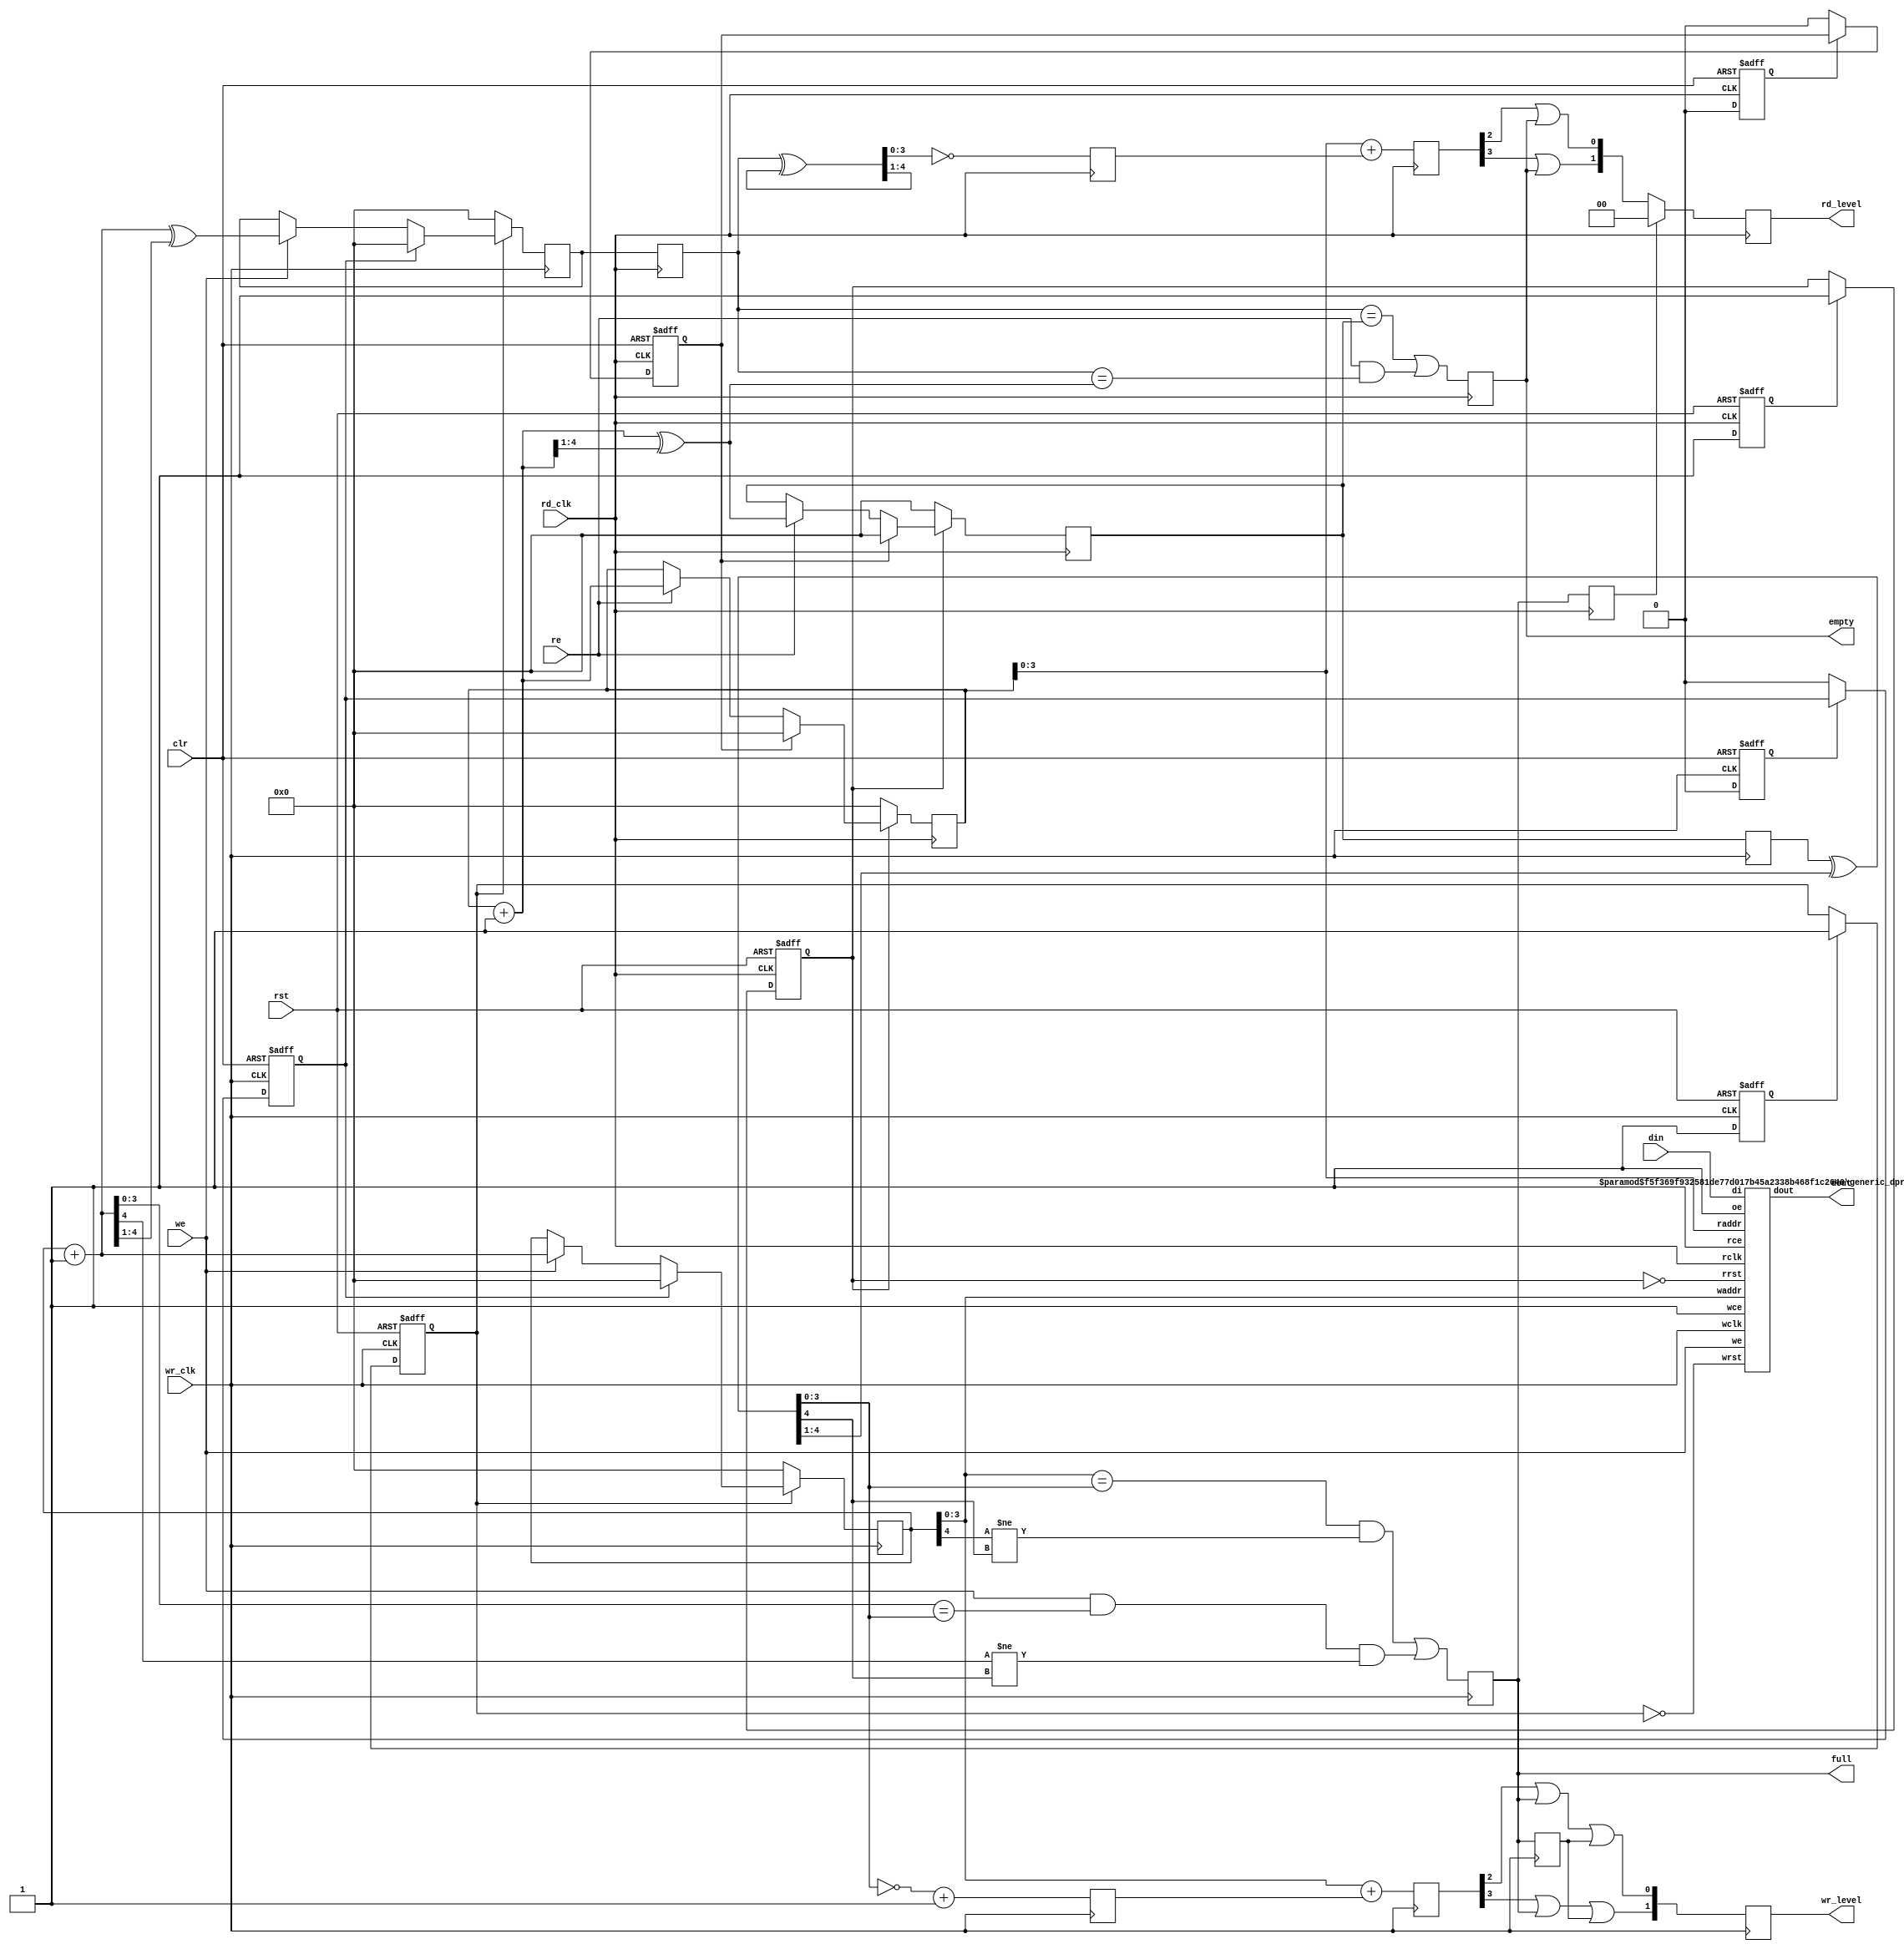
/////////////////////////////////////////////////////////////////////
////                                                             ////
////  Universal FIFO Dual Clock, gray encoded                    ////
////                                                             ////
////                                                             ////
////          rudi@asics.ws                                      ////
////                                                             ////
////                                                             ////
////  D/L from: http://www.opencores.org/cores/generic_fifos/    ////
////                                                             ////
/////////////////////////////////////////////////////////////////////
////                                                             ////
//// Copyright (C) 2000-2002 Rudolf Usselmann                    ////
////                         www.asics.ws                        ////
////                         rudi@asics.ws                       ////
////                                                             ////
//// This source file may be used and distributed without        ////
//// restriction provided that this copyright statement is not   ////
//// removed from the file and that any derivative work contains ////
//// the original copyright notice and the associated disclaimer.////
////                                                             ////
////     THIS SOFTWARE IS PROVIDED ``AS IS'' AND WITHOUT ANY     ////
//// EXPRESS OR IMPLIED WARRANTIES, INCLUDING, BUT NOT LIMITED   ////
//// TO, THE IMPLIED WARRANTIES OF MERCHANTABILITY AND FITNESS   ////
//// FOR A PARTICULAR PURPOSE. IN NO EVENT SHALL THE AUTHOR      ////
//// OR CONTRIBUTORS BE LIABLE FOR ANY DIRECT, INDIRECT,         ////
//// INCIDENTAL, SPECIAL, EXEMPLARY, OR CONSEQUENTIAL DAMAGES    ////
//// (INCLUDING, BUT NOT LIMITED TO, PROCUREMENT OF SUBSTITUTE   ////
//// GOODS OR SERVICES; LOSS OF USE, DATA, OR PROFITS; OR        ////
//// BUSINESS INTERRUPTION) HOWEVER CAUSED AND ON ANY THEORY OF  ////
//// LIABILITY, WHETHER IN  CONTRACT, STRICT LIABILITY, OR TORT  ////
//// (INCLUDING NEGLIGENCE OR OTHERWISE) ARISING IN ANY WAY OUT  ////
//// OF THE USE OF THIS SOFTWARE, EVEN IF ADVISED OF THE         ////
//// POSSIBILITY OF SUCH DAMAGE.                                 ////
////                                                             ////
/////////////////////////////////////////////////////////////////////



//  CVS Log
//
//  $Id: generic_fifo_dc_gray.v,v 1.2 2004-01-13 09:11:55 rudi Exp $
//
//  $Date: 2004-01-13 09:11:55 $
//  $Revision: 1.2 $
//  $Author: rudi $
//  $Locker:  $
//  $State: Exp $
//
// Change History:
//               $Log: not supported by cvs2svn $
//               Revision 1.1  2003/10/14 09:34:41  rudi
//               Dual clock FIFO Gray Code encoded version.
//
//
//
//
//


//`include "timescale.v"

/*

Description
===========

I/Os
----
rd_clk	Read Port Clock
wr_clk	Write Port Clock
rst	low active, either sync. or async. master reset (see below how to select)
clr	synchronous clear (just like reset but always synchronous), high active
re	read enable, synchronous, high active
we	read enable, synchronous, high active
din	Data Input
dout	Data Output

full	Indicates the FIFO is full (driven at the rising edge of wr_clk)
empty	Indicates the FIFO is empty (driven at the rising edge of rd_clk)

wr_level	indicates the FIFO level:
		2'b00	0-25%	 full
		2'b01	25-50%	 full
		2'b10	50-75%	 full
		2'b11	%75-100% full

rd_level	indicates the FIFO level:
		2'b00	0-25%	 empty
		2'b01	25-50%	 empty
		2'b10	50-75%	 empty
		2'b11	%75-100% empty

Status Timing
-------------
All status outputs are registered. They are asserted immediately
as the full/empty condition occurs, however, there is a 2 cycle
delay before they are de-asserted once the condition is not true
anymore.

Parameters
----------
The FIFO takes 2 parameters:
dw	Data bus width
aw	Address bus width (Determines the FIFO size by evaluating 2^aw)

Synthesis Results
-----------------
In a Spartan 2e a 8 bit wide, 8 entries deep FIFO, takes 97 LUTs and runs
at about 113 MHz (IO insertion disabled). 

Misc
----
This design assumes you will do appropriate status checking externally.

IMPORTANT ! writing while the FIFO is full or reading while the FIFO is
empty will place the FIFO in an undefined state.

*/


module generic_fifo_dc_gray(	rd_clk, wr_clk, rst, clr, din, we,
                                 dout, re, full, empty, wr_level, rd_level );

    parameter dw=8;
    parameter aw=4;

    input			rd_clk, wr_clk, rst, clr;
    input	[dw-1:0]	din;
    input			we;
    output	[dw-1:0]	dout;
    input			re;
    output			full;
    output			empty;
    output	[1:0]		wr_level;
    output	[1:0]		rd_level;

    ////////////////////////////////////////////////////////////////////
    //
    // Local Wires
    //

    reg	[aw:0]		wp_bin, wp_gray;
    reg	[aw:0]		rp_bin, rp_gray;
    reg	[aw:0]		wp_s, rp_s;
    reg			full, empty;

    wire	[aw:0]		wp_bin_next, wp_gray_next;
    wire	[aw:0]		rp_bin_next, rp_gray_next;

    wire	[aw:0]		wp_bin_x, rp_bin_x;
    reg	[aw-1:0]	d1, d2;

    reg			rd_rst, wr_rst;
    reg			rd_rst_r, wr_rst_r;
    reg			rd_clr, wr_clr;
    reg			rd_clr_r, wr_clr_r;

    ////////////////////////////////////////////////////////////////////
    //
    // Reset Logic
    //

    always @(posedge rd_clk or negedge rst)
        if(!rst)	rd_rst <= 1'b0;
        else
            if(rd_rst_r)	rd_rst <= 1'b1;		// Release Reset

    always @(posedge rd_clk or negedge rst)
        if(!rst)	rd_rst_r <= 1'b0;
        else		rd_rst_r <= 1'b1;

    always @(posedge wr_clk or negedge rst)
        if(!rst)	wr_rst <= 1'b0;
        else
            if(wr_rst_r)	wr_rst <= 1'b1;		// Release Reset

    always @(posedge wr_clk or negedge rst)
        if(!rst)	wr_rst_r <= 1'b0;
        else		wr_rst_r <= 1'b1;

    always @(posedge rd_clk or posedge clr)
        if(clr)		rd_clr <= 1'b1;
        else
            if(!rd_clr_r)	rd_clr <= 1'b0;		// Release Clear

    always @(posedge rd_clk or posedge clr)
        if(clr)		rd_clr_r <= 1'b1;
        else		rd_clr_r <= 1'b0;

    always @(posedge wr_clk or posedge clr)
        if(clr)		wr_clr <= 1'b1;
        else
            if(!wr_clr_r)	wr_clr <= 1'b0;		// Release Clear

    always @(posedge wr_clk or posedge clr)
        if(clr)		wr_clr_r <= 1'b1;
        else		wr_clr_r <= 1'b0;

    ////////////////////////////////////////////////////////////////////
    //
    // Memory Block
    //

    generic_dpram  #(.aw(aw),.dw(dw)) u0(
                       .rclk(		rd_clk		),
                       .rrst(		!rd_rst		),
                       .rce(		1'b1		),
                       .oe(		1'b1		),
                       .raddr(		rp_bin[aw-1:0]	),
                       .dout(		dout		),
                       .wclk(		wr_clk		),
                       .wrst(		!wr_rst		),
                       .wce(		1'b1		),
                       .we(		we		),
                       .waddr(		wp_bin[aw-1:0]	),
                       .di(		din		)
                   );

    ////////////////////////////////////////////////////////////////////
    //
    // Read/Write Pointers Logic
    //

    always @(posedge wr_clk)
        if(!wr_rst)	wp_bin <= {aw+1{1'b0}};
        else
            if(wr_clr)	wp_bin <= {aw+1{1'b0}};
            else
                if(we)		wp_bin <= wp_bin_next;

    always @(posedge wr_clk)
        if(!wr_rst)	wp_gray <= {aw+1{1'b0}};
        else
            if(wr_clr)	wp_gray <= {aw+1{1'b0}};
            else
                if(we)		wp_gray <= wp_gray_next;

    assign wp_bin_next  = wp_bin + {{aw{1'b0}},1'b1};
    assign wp_gray_next = wp_bin_next ^ {1'b0, wp_bin_next[aw:1]};

    always @(posedge rd_clk)
        if(!rd_rst)	rp_bin <= {aw+1{1'b0}};
        else
            if(rd_clr)	rp_bin <= {aw+1{1'b0}};
            else
                if(re)		rp_bin <= rp_bin_next;

    always @(posedge rd_clk)
        if(!rd_rst)	rp_gray <= {aw+1{1'b0}};
        else
            if(rd_clr)	rp_gray <= {aw+1{1'b0}};
            else
                if(re)		rp_gray <= rp_gray_next;

    assign rp_bin_next  = rp_bin + {{aw{1'b0}},1'b1};
    assign rp_gray_next = rp_bin_next ^ {1'b0, rp_bin_next[aw:1]};

    ////////////////////////////////////////////////////////////////////
    //
    // Synchronization Logic
    //

    // write pointer
    always @(posedge rd_clk)	wp_s <= wp_gray;

    // read pointer
    always @(posedge wr_clk)	rp_s <= rp_gray;

    ////////////////////////////////////////////////////////////////////
    //
    // Registered Full & Empty Flags
    //

    assign wp_bin_x = wp_s ^ {1'b0, wp_bin_x[aw:1]};	// convert gray to binary
    assign rp_bin_x = rp_s ^ {1'b0, rp_bin_x[aw:1]};	// convert gray to binary

    always @(posedge rd_clk)
        empty <= (wp_s == rp_gray) | (re & (wp_s == rp_gray_next));

    always @(posedge wr_clk)
        full <= ((wp_bin[aw-1:0] == rp_bin_x[aw-1:0]) & (wp_bin[aw] != rp_bin_x[aw])) |
             (we & (wp_bin_next[aw-1:0] == rp_bin_x[aw-1:0]) & (wp_bin_next[aw] != rp_bin_x[aw]));

    ////////////////////////////////////////////////////////////////////
    //
    // Registered Level Indicators
    //
    reg	[1:0]		wr_level;
    reg	[1:0]		rd_level;
    reg	[aw-1:0]	wp_bin_xr, rp_bin_xr;
    reg			full_rc;
    reg			full_wc;

    always @(posedge wr_clk)	full_wc <= full;
    always @(posedge wr_clk)	rp_bin_xr <=  ~rp_bin_x[aw-1:0] + {{aw-1{1'b0}}, 1'b1};
    always @(posedge wr_clk)	d1 <= wp_bin[aw-1:0] + rp_bin_xr[aw-1:0];

    always @(posedge wr_clk)	wr_level <= {d1[aw-1] | full | full_wc, d1[aw-2] | full | full_wc};

    always @(posedge rd_clk)	wp_bin_xr <=  ~wp_bin_x[aw-1:0];
    always @(posedge rd_clk)	d2 <= rp_bin[aw-1:0] + wp_bin_xr[aw-1:0];

    always @(posedge rd_clk)	full_rc <= full;
    always @(posedge rd_clk)	rd_level <= full_rc ? 2'h0 : {d2[aw-1] | empty, d2[aw-2] | empty};

    ////////////////////////////////////////////////////////////////////
    //
    // Sanity Check
    //

    // synopsys translate_off
    always @(posedge wr_clk)
        if(we && full)
            $display("%m WARNING: Writing while fifo is FULL (%t)",$time);

    always @(posedge rd_clk)
        if(re && empty)
            $display("%m WARNING: Reading while fifo is EMPTY (%t)",$time);
    // synopsys translate_on

endmodule



module generic_dpram  #(
        parameter aw = 4,
        parameter dw= 8
    ) (
        input 		rclk,
        input       rd_rst,
        input       rce,oe,

        input [aw-1:0]raddr,waddr,
        output reg [dw-1:0] dout,
        input wclk,wrst,wce,we,rrst,
        input [dw-1:0]di
    );

    localparam DEPTH = 1<<aw-1 ;

    reg [7:0] mem[0:DEPTH-1] ; integer i;initial begin for (i=0;i<DEPTH;i=i+1) mem[i] =0; end

    always @ ( posedge wclk ) if (we ) mem[waddr]<=di;
    always @ ( posedge rclk ) if (rce) dout <= mem[raddr];

endmodule